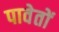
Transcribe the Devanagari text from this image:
पावेतों